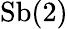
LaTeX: \textrm{Sb(2)}